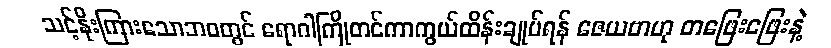
သင့်နိုးကြားသောဘဝတွင် ရောဂါကြိုတင်ကာကွယ်ထိန်းချုပ်ရန် ဇေယဗာဟု တဖြေးဖြေးနဲ့